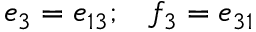
\begin{array} { l l } { { e _ { 3 } = e _ { 1 3 } ; } } & { { f _ { 3 } = e _ { 3 1 } } } \end{array}